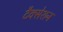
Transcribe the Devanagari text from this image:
टैक्सेशन